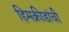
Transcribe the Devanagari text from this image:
हिमक्रीडांची